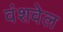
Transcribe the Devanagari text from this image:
वंशवेल